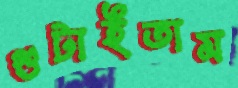
গুটাইতাম